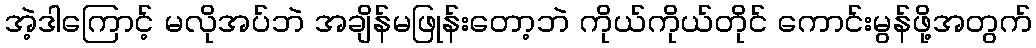
အဲ့ဒါကြောင့် မလိုအပ်ဘဲ အချိန်မဖြုန်းတော့ဘဲ ကိုယ်ကိုယ်တိုင် ကောင်းမွန်ဖို့အတွက်